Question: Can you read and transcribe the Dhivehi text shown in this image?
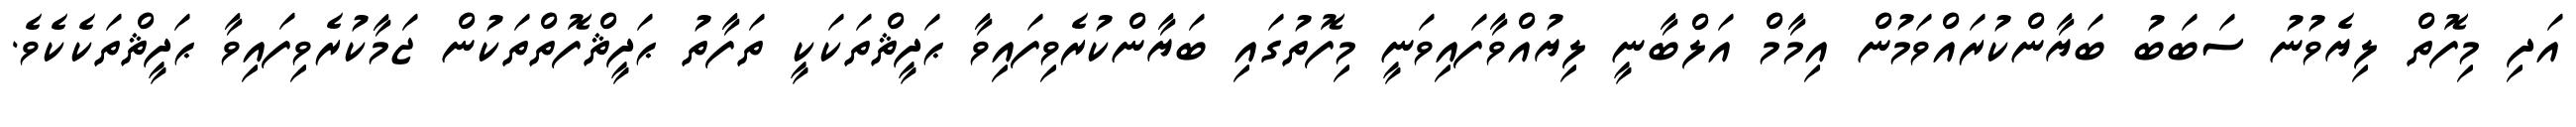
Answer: އަދި މިފޮތް ލިޔެވުނު ސަބަބު ބަޔާންކުރައްވަމުން އިމާމް އަލްބާނީ ލިޔުއްވާފައިވަނީ މިފޮތުގައި ބަޔާންކުރެވިފައިވާ ޙަދީޘްތަކަކީ ތަފާތު ޙަދީޘްފޮތްތަކުން ޖަމާކުރެވިފައިވާ ޙަދީޘްތަކެކެވެ.